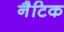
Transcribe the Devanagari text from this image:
नैटिक